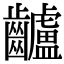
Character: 𪙾